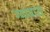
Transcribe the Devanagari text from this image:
ग्वायास